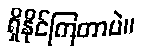
ရှိနိုင်ကြတာပဲ။